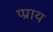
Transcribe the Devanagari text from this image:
प्प्राय